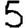
Digit: 5